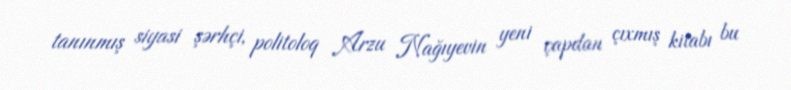
tanınmış siyasi şərhçi, politoloq Arzu Nağıyevin yeni çapdan çıxmış kitabı bu